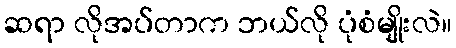
ဆရာ လိုအပ်တာက ဘယ်လို ပုံစံမျိုးလဲ။